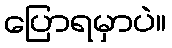
ပြောရမှာပဲ။